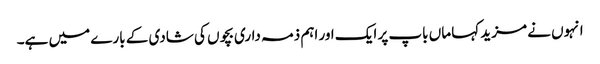
انہوں نے مزید کہا ماں باپ پر ایک اور اہم ذمہ داری بچوں کی شادی کے بارے میں ہے۔